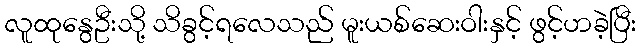
လူထုနွေဦးသို့ သိခွင့်ရလေသည် မူးယစ်ဆေးဝါးနှင့် ဖွင့်ဟခဲ့ပြီး